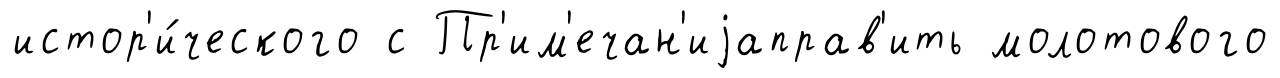
истор'и́ческого с Пр'им'ечан'иjаправ'ить молотового